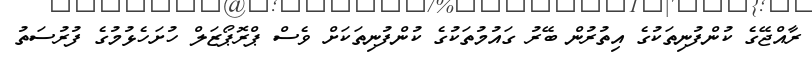
ރާއްޖޭގެ ކުންފުނިތަކުގެ އިތުރުން ބޭރު ގައުމުތަކުގެ ކުންފުނިތަކަށް ވެސް ޕްރޮޕޯޒަލް ހުށަހެޅުމުގެ ފުރުސަތު